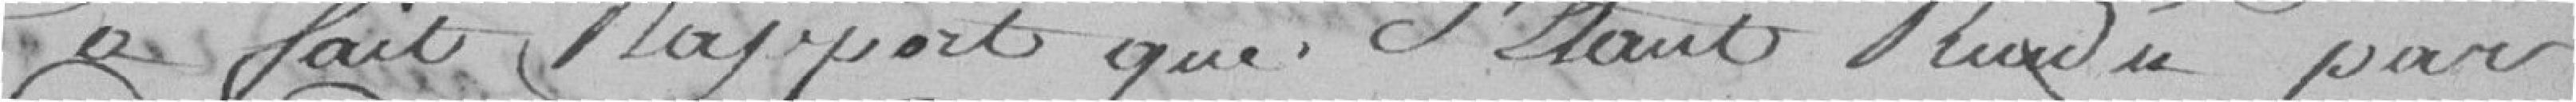
a fait rapport que s'étant rendu par